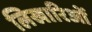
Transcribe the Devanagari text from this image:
लिखारिओं